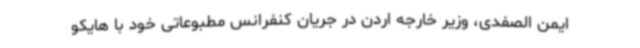
ایمن الصفدی، وزیر خارجه اردن در جریان کنفرانس مطبوعاتی خود با هایکو